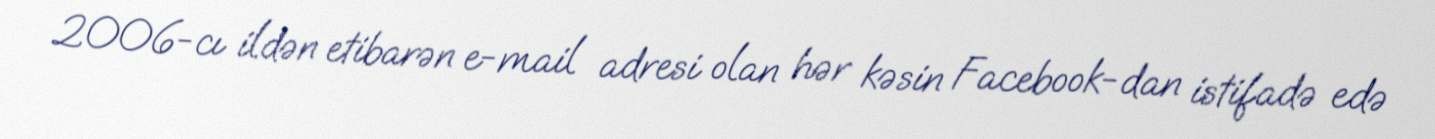
2006-cı ildən etibarən e-mail adresi olan hər kəsin Facebook-dan istifadə edə